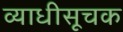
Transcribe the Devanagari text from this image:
व्याधीसूचक